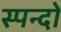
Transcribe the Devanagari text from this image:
स्पन्दों